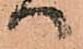
ハ